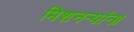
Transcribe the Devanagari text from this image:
मिशनऱ्यांना